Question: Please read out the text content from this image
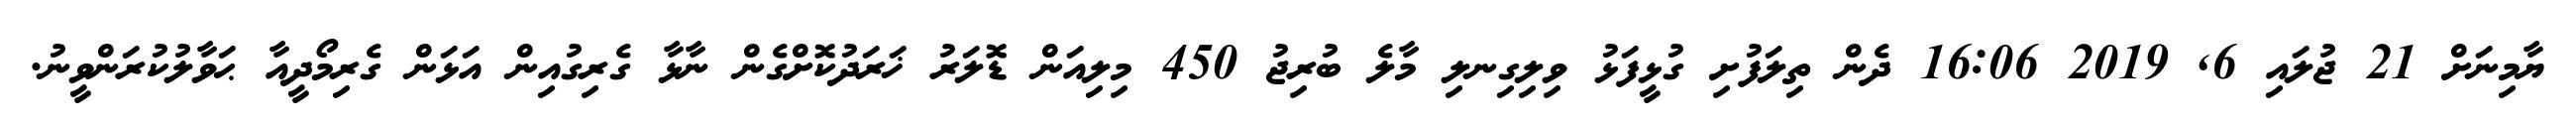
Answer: ޔާމިނަށް 21 ޖުލައި 6, 2019 16:06 ދެން ތިލަފުށި ގުޅީފަޅު ވިލިގިނލި މާލެ ބުރިޖު 450 މިލިއަން ޑޮލަރު ޚަރަދުކޮށްގެން ނާޅާ ގެރިގުއިން އަޅަން ގެރިމޯދީއާ ޙަވާލުކުރަންވީނު.